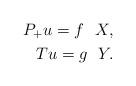
LaTeX: \begin{align*}P_{+} u = f \ \ X, \\T u = g \ \ Y.\end{align*}